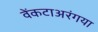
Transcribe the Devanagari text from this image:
वेंकटाअरंगया